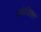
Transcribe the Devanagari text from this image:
अक्रेडिशन